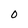
Character: 0